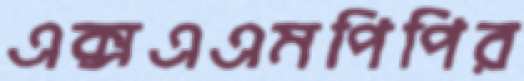
এক্সএএমপিপির